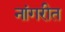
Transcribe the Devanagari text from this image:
नांगरीत